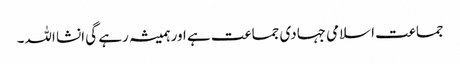
جماعت اسلامی جہادی جماعت ہے اور ہمیشہ رہے گی انشا اللہ۔